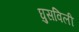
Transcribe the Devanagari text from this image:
घुसविली